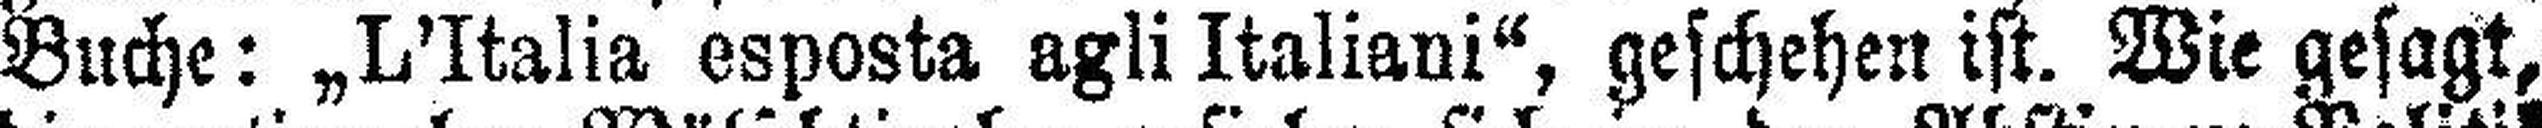
Buche: „L'Italia esposta agli Italiani“, geschehen ist. Wie gesagt,